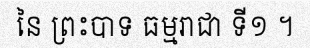
នៃ ព្រះបាទ ធម្មរាជា ទី១ ។